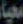
محيا